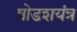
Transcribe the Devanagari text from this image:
षोडशयंत्र